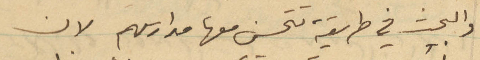
والبحث في طريقة تتحسن معها مدارسهم لان